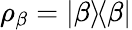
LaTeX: \rho_{\beta}=|\beta\rangle\! \langle\beta|